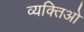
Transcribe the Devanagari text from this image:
व्यक्तिओ